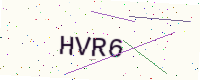
Text: HVR6